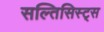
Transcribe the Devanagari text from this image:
सल्तिसिस्ट्स